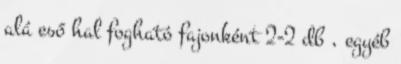
alá eső hal fogható fajonként 2-2 db , egyéb